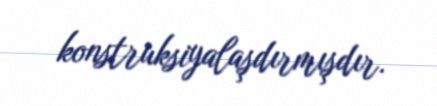
konstruksiyalaşdırmışdır.